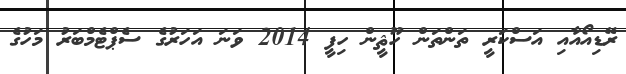
ރޭޑިއޯއާއި އަސްކަރީ ތަންތަން ހޫޘީން ހިފީ 2014 ވަނަ އަހަރުގެ ސެޕްޓެމްބަރު މަހުގެ